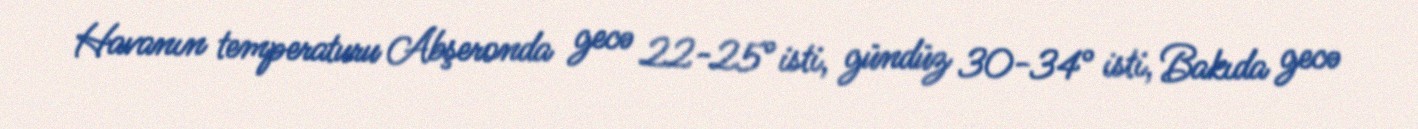
Havanın temperaturu Abşeronda gecə 22-25° isti, gündüz 30-34° isti, Bakıda gecə